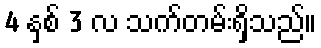
4 နှစ် 3 လ သက်တမ်းရှိသည်။